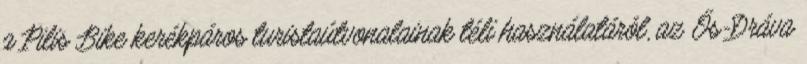
a Pilis Bike kerékpáros turistaútvonalainak téli használatáról, az Ős-Dráva